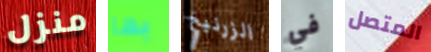
منزل بها الزرنيخ في المتصل